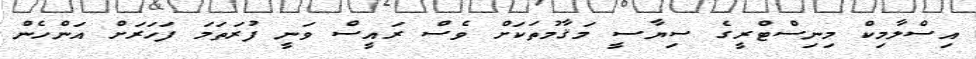
އިސްލާމިކް މިނިސްޓްރީގެ ސިޔާސީ މަޤާމުތަކަށް ވެސް ރައީސް ވަނީ ފުރަތަމަ ފަހަރަށް އަންހެން